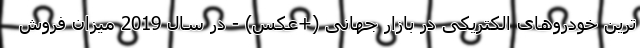
ترین خودروهای الکتریکی در بازار جهانی (+عکس) - در سال 2019 میزان فروش